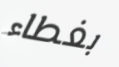
بغطاء